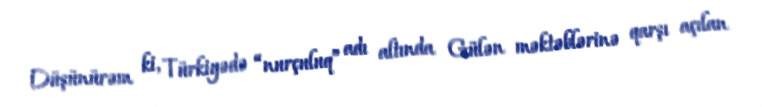
Düşünürəm ki, Türkiyədə “nurçuluq” adı altında Gülən məktəblərinə qarşı açılan